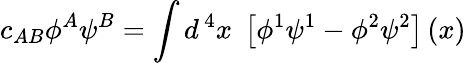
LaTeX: c_{AB}\phi^{A}\psi^{B}=\int d^{\, 4}x\; \left[\phi^{1}\psi^{1}-\phi^{2}\psi^{2}\right]\left(x\right)